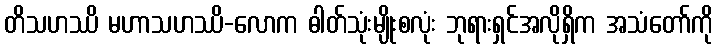
တိသဟဿိ မဟာသဟဿိ-လောက ဓါတ်သုံးမျိုးစလုံး ဘုရားရှင်အလိုရှိက အသံတော်ကို